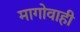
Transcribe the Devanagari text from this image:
मागोवाही